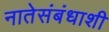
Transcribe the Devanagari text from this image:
नातेसंबंधाशी